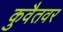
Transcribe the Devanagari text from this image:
कुवैतवर